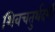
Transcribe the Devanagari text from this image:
शिवचतुर्थदर्शी